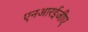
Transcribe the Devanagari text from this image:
एनआरईजीए